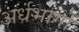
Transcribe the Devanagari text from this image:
अर्धभागों